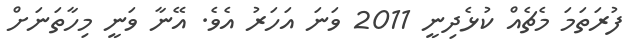
ފުރަތަމަ މެޗެއް ކުޅެދިނީ 2011 ވަނަ އަހަރު އެވެ. އޭނާ ވަނީ މިހާތަނަށް